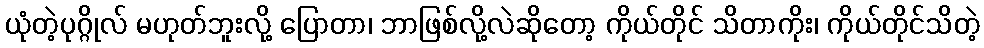
ယုံတဲ့ပုဂ္ဂိုလ် မဟုတ်ဘူးလို့ ပြောတာ၊ ဘာဖြစ်လို့လဲဆိုတော့ ကိုယ်တိုင် သိတာကိုး၊ ကိုယ်တိုင်သိတဲ့